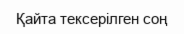
Қайта тексерілген соң